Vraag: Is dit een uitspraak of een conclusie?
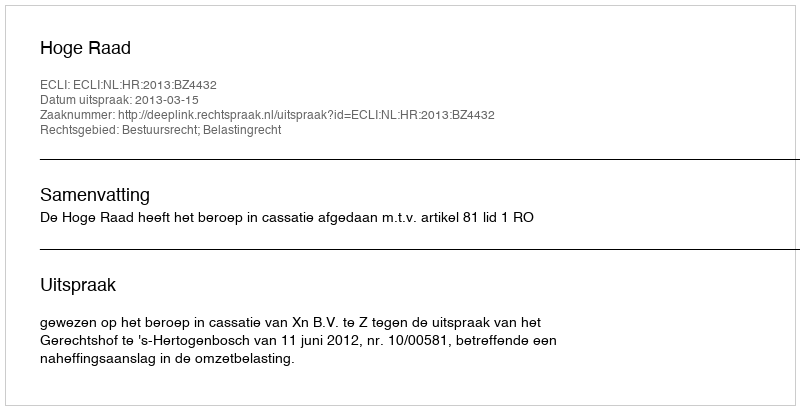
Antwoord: Uitspraak